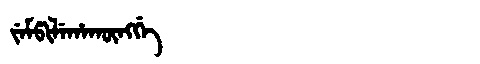
Manchu: ᠵᡝᠮᡦᡳᠯᡝᡥᠠᡴᡡᠩᡤᡝ
Romanization: JEMPILEHAKŪNGGE